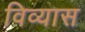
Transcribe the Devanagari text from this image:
विव्यास